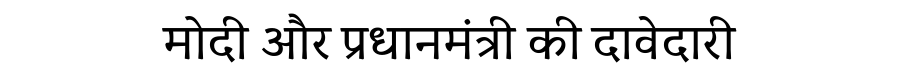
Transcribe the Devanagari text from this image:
मोदी और प्रधानमंत्री की दावेदारी